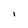
Character: I